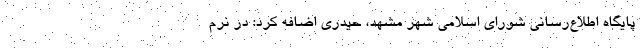
پایگاه اطلاع‌رسانی شورای اسلامی شهر مشهد، حیدری اضافه کرد: در نرم